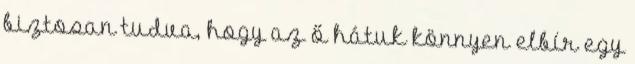
biztosan tudva, hogy az ő hátuk könnyen elbír egy